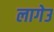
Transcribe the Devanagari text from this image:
लागेउ